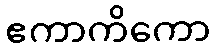
ဧကာကိကော